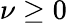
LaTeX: \nu\geq 0